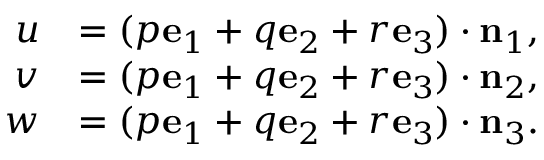
{ \begin{array} { r l } { u } & { = ( p \mathbf { e } _ { 1 } + q \mathbf { e } _ { 2 } + r \mathbf { e } _ { 3 } ) \cdot \mathbf { n } _ { 1 } , } \\ { v } & { = ( p \mathbf { e } _ { 1 } + q \mathbf { e } _ { 2 } + r \mathbf { e } _ { 3 } ) \cdot \mathbf { n } _ { 2 } , } \\ { w } & { = ( p \mathbf { e } _ { 1 } + q \mathbf { e } _ { 2 } + r \mathbf { e } _ { 3 } ) \cdot \mathbf { n } _ { 3 } . } \end{array} }